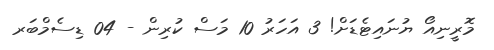
މޮރީނިއޯ ޔުނައިޓެޑަށް! 3 އަހަރު 10 މަސް ކުރިން - 04 ޑިސެމްބަރ